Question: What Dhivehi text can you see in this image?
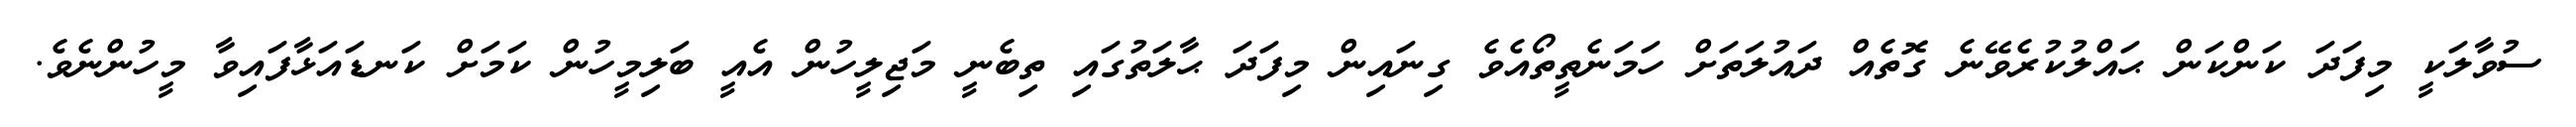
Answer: ސުވާލަކީ މިފަދަ ކަންކަން ޙައްލުކުރެވޭނެ ގޮތެއް ދައުލަތަށް ހަމަނެތީތޯއެވެ ގިނައިން މިފަދަ ޙާލަތުގައި ތިބެނީ މަޖިލީހުން އެއީ ބަލިމީހުން ކަމަށް ކަނޑައަޅާފައިވާ މީހުންނެވެ.